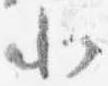
小